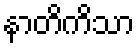
နာတိကိသာ